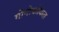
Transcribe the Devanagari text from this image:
गोनोकोकल